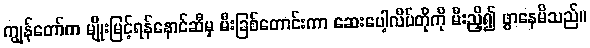
ကျွန်တော်က မျိုးမြင့်ရန်နောင်ဆီမှ မီးခြစ်တောင်းကာ ဆေးပေါ့လိပ်တိုကို မီးညှိ၍ ဖွာနေမိသည်။